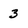
Character: 3